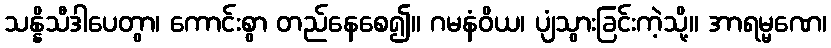
သန္နိသီဒါပေတွာ၊ ကောင်းစွာ တည်နေစေ၍။ ဂမနံဝိယ၊ ပျံသွားခြင်းကဲ့သို့။ အာရမ္မဏေ၊